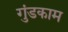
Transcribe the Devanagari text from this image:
गुंडकाम